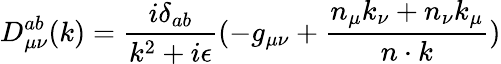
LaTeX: D_{{\mu}{\nu}}^{ab}(k)=\frac{i{\delta}_{ab}}{k^{2}+i{\epsilon}}(-g_{{\mu}{\nu}}+\frac{n_{\mu}k_{\nu}+n_{\nu}k_{\mu}}{n\cdot k})